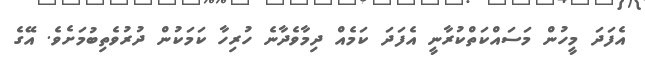
އެފަދަ މީހުން މަސައްކަތްކުރާނީ އެފަދަ ކަމެއް ދިމާވެދާނެ ހުރިހާ ކަމަކުން ދުރުވެތިބުމަށެވެ. އޭގެ